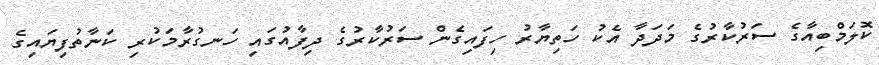
ކޮލަމްބިއާގެ ސަރުކާރުގެ މަދަދާ އެކު ހަތިޔާރު ހިފައިގެން ސަރުކާރުގެ ދިފާއުގައި ހަނގުރާމަކުރި ކަނާތުފިޔައިގެ